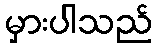
မှားပါသည်